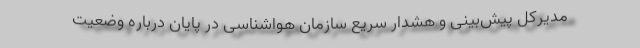
مدیرکل پیش‌بینی و هشدار سریع سازمان هواشناسی در پایان درباره وضعیت